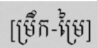
[ម្រឹក-ម្រៃ]